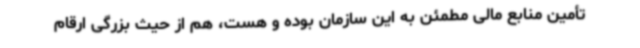
تأمین منابع مالی مطمئن به این سازمان بوده و هست، هم از حیث بزرگی ارقام